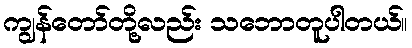
ကျွန်တော်တို့လည်း သဘောတူပါတယ်။